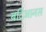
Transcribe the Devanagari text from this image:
बदिआनस